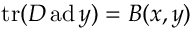
\operatorname { t r } ( D \operatorname { a d } y ) = B ( x , y )